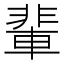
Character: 輩